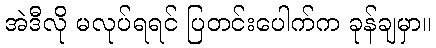
အဲဒီလို မလုပ်ရရင် ပြတင်းပေါက်က ခုန်ချမှာ။